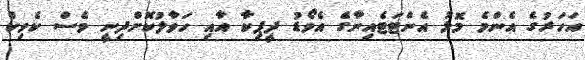
އަހަރުގެ އެންމެ މޮޅު އެންޓަޓެއިނާގެ އެވޯޑު ދީޕިކާ އާއި ހަވާލުކޮށްދިނީ ވެސް ކެވިކް